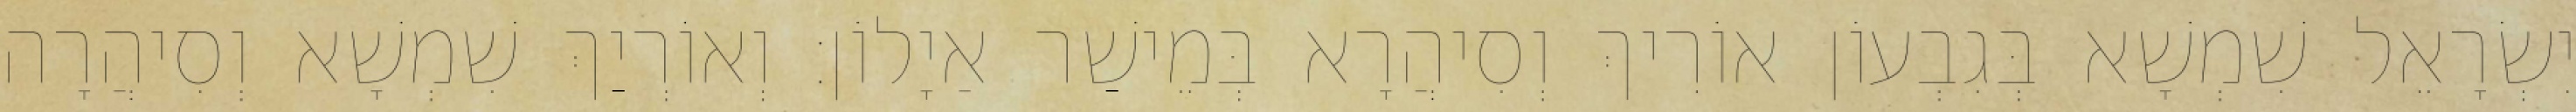
יִשְׂרָאֵל שִׁמְשָׁא בְּגִבְעוֹן אוֹרִיךְ וְסִיהֲרָא בְּמֵישַׁר אַיָלוֹן׃ וְאוֹרְיַךְ שִׁמְשָׁא וְסִיהֲרָה